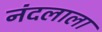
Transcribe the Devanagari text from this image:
नंदलाला